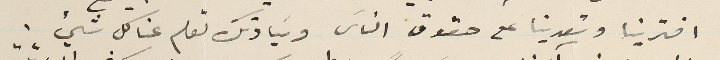
افترينا وتعدينا على حقوق الناسَ وسَيادتك تعلم عنا كل شيء.